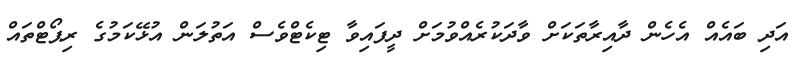
އަދި ބައެއް އެހެން ދާއިރާތަކަށް ވާދަކުރެއްވުމަށް ދީފައިވާ ޓިކެޓްވެސް އަތުލަން އުޅޭކަމުގެ ރިޕޯޓްތައް